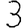
Digit: 3